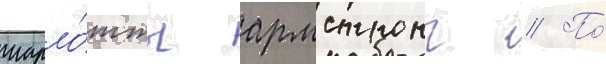
шарло́тты армстронг // По́